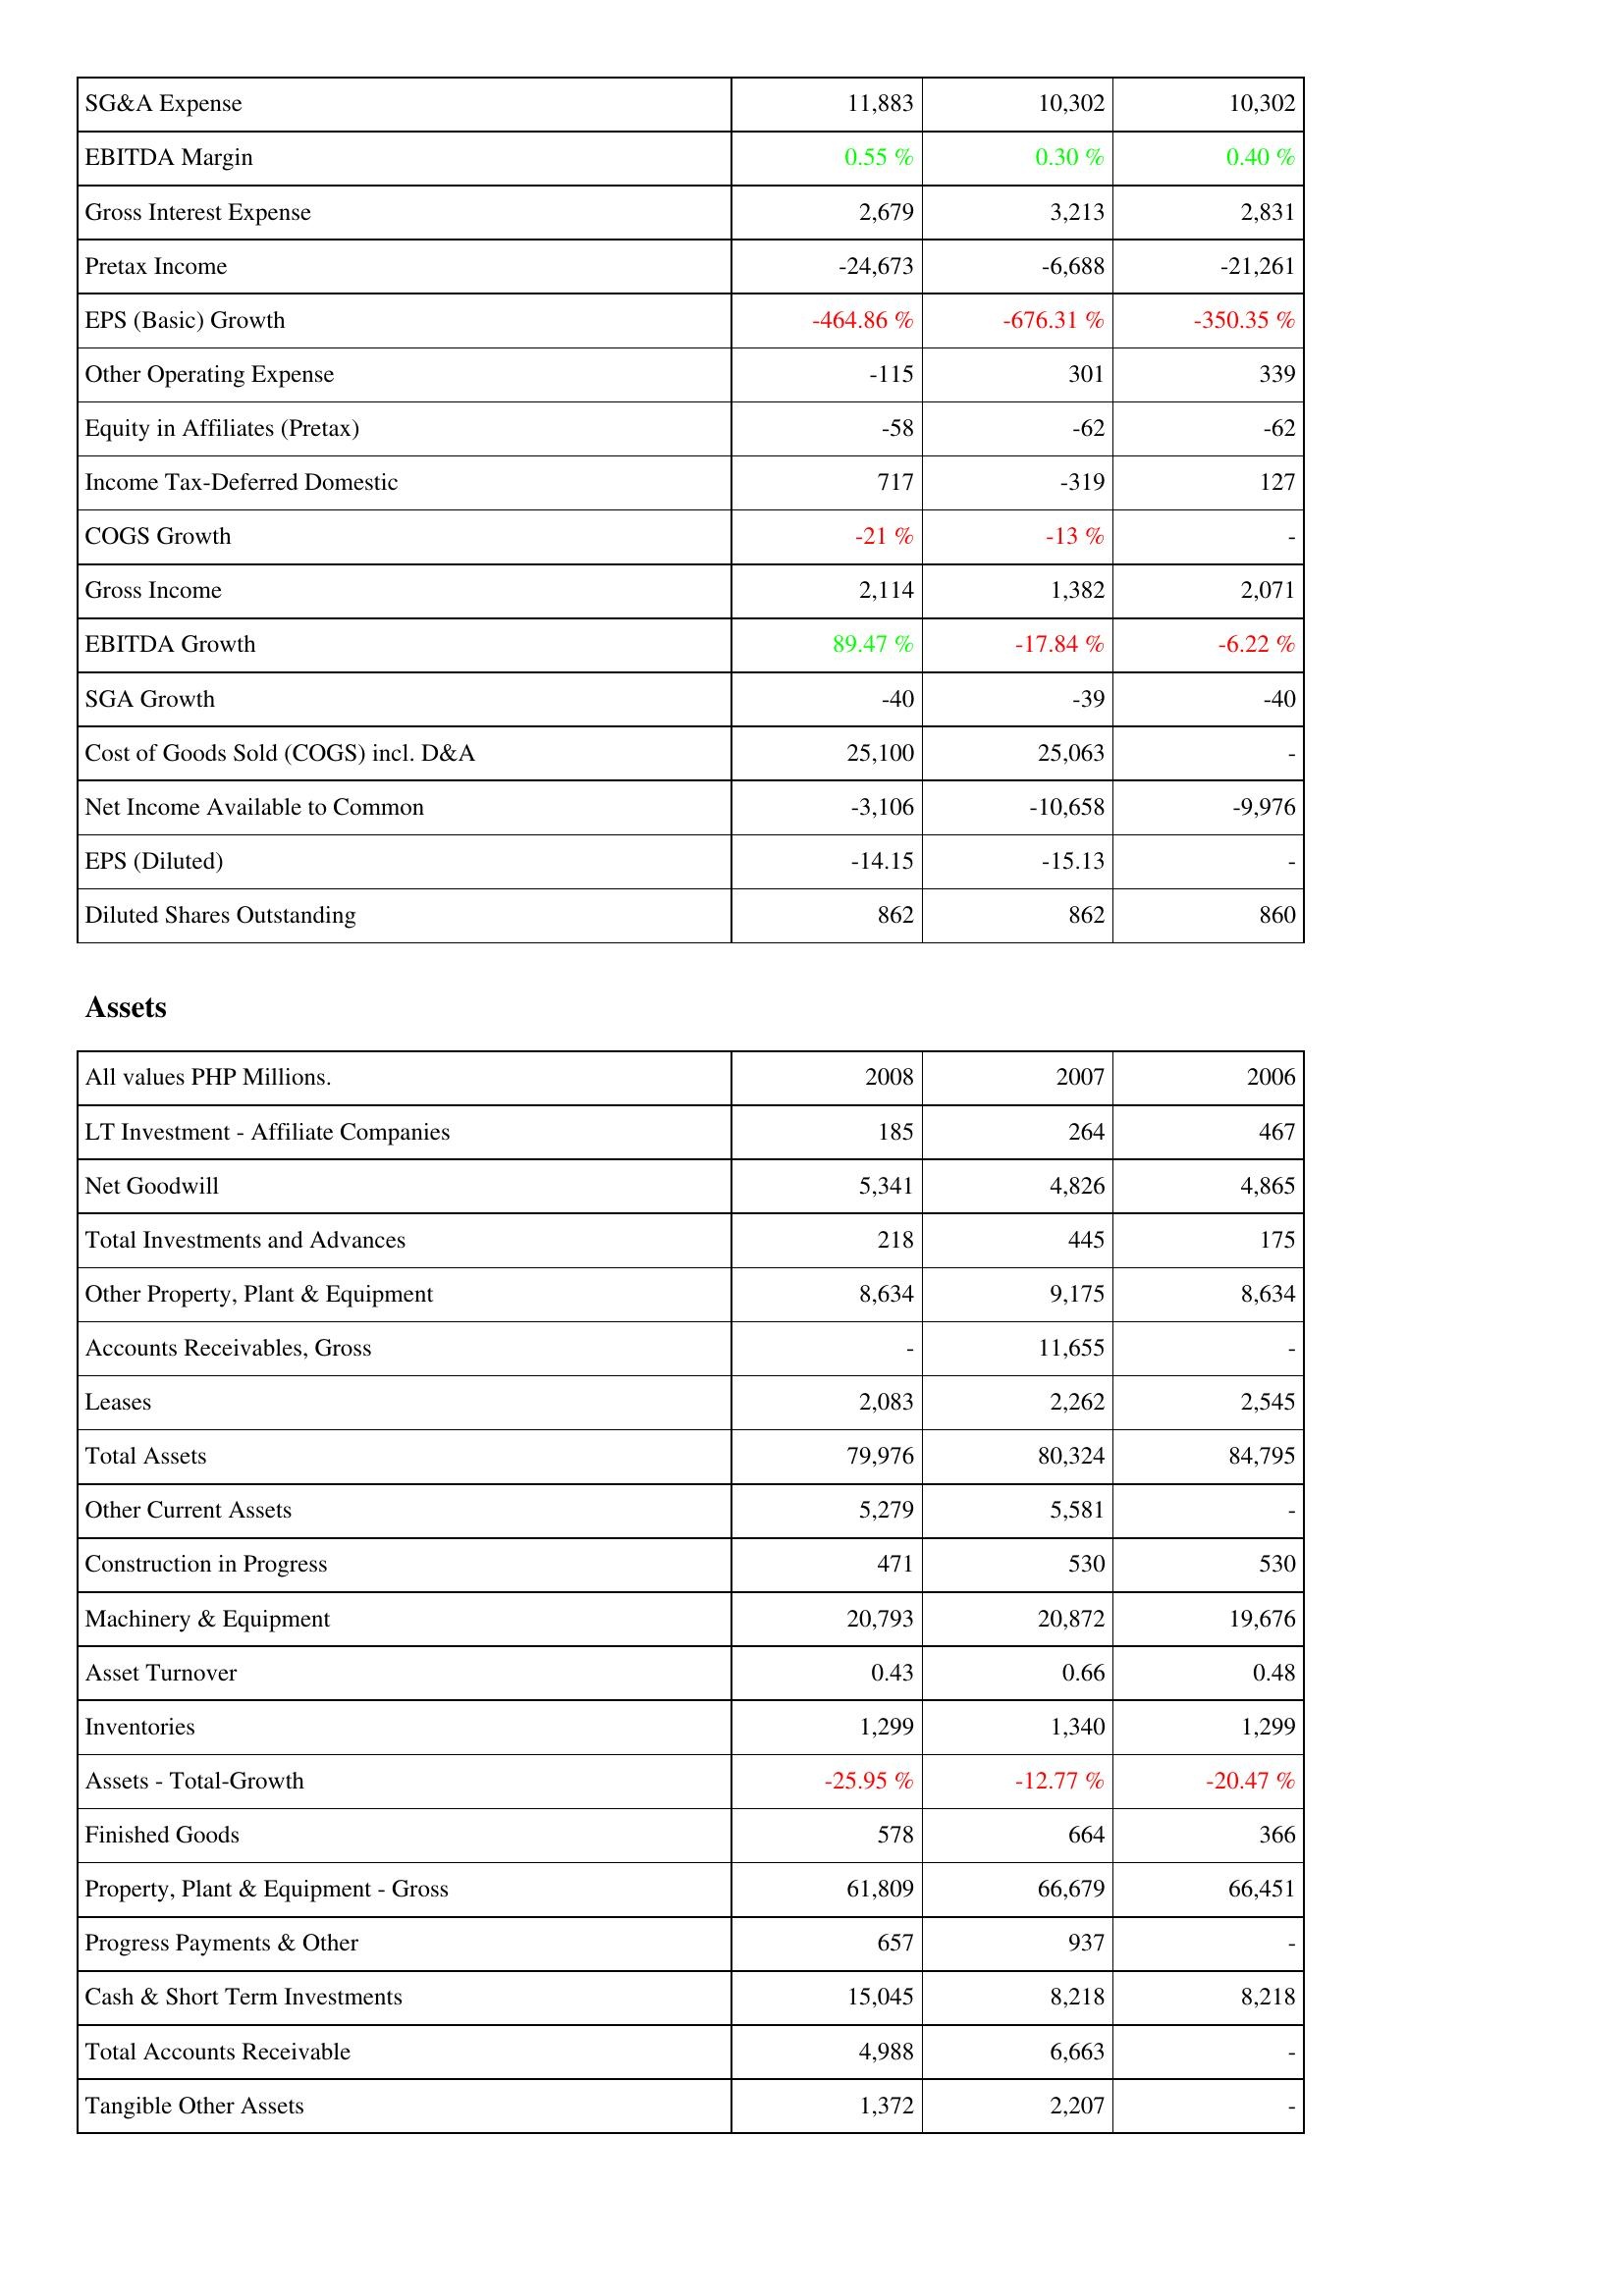
2008: Income Statement: SG&A Expense: 11,883
EBITDA Margin: 0.55 %
Gross Interest Expense: 2,679
Pretax Income: -24,673
EPS (Basic) Growth: -464.86 %
Other Operating Expense: -115
Equity in Affiliates (Pretax): -58
Income Tax-Deferred Domestic: 717
COGS Growth: -21 %
Gross Income: 2,114
EBITDA Growth: 89.47 %
SGA Growth: -40
Cost of Goods Sold (COGS) incl. D&A: 25,100
Net Income Available to Common: -3,106
EPS (Diluted): -14.15
Diluted Shares Outstanding: 862
Assets: LT Investment - Affiliate Companies: 185
Net Goodwill: 5,341
Total Investments and Advances: 218
Other Property, Plant & Equipment: 8,634
Accounts Receivables, Gross: -
Leases: 2,083
Total Assets: 79,976
Other Current Assets: 5,279
Construction in Progress: 471
Machinery & Equipment: 20,793
Asset Turnover: 0.43
Inventories: 1,299
Assets - Total-Growth: -25.95 %
Finished Goods: 578
Property, Plant & Equipment - Gross: 61,809
Progress Payments & Other: 657
Cash & Short Term Investments: 15,045
Total Accounts Receivable: 4,988
Tangible Other Assets: 1,372
2007: Income Statement: SG&A Expense: 10,302
EBITDA Margin: 0.30 %
Gross Interest Expense: 3,213
Pretax Income: -6,688
EPS (Basic) Growth: -676.31 %
Other Operating Expense: 301
Equity in Affiliates (Pretax): -62
Income Tax-Deferred Domestic: -319
COGS Growth: -13 %
Gross Income: 1,382
EBITDA Growth: -17.84 %
SGA Growth: -39
Cost of Goods Sold (COGS) incl. D&A: 25,063
Net Income Available to Common: -10,658
EPS (Diluted): -15.13
Diluted Shares Outstanding: 862
Assets: LT Investment - Affiliate Companies: 264
Net Goodwill: 4,826
Total Investments and Advances: 445
Other Property, Plant & Equipment: 9,175
Accounts Receivables, Gross: 11,655
Leases: 2,262
Total Assets: 80,324
Other Current Assets: 5,581
Construction in Progress: 530
Machinery & Equipment: 20,872
Asset Turnover: 0.66
Inventories: 1,340
Assets - Total-Growth: -12.77 %
Finished Goods: 664
Property, Plant & Equipment - Gross: 66,679
Progress Payments & Other: 937
Cash & Short Term Investments: 8,218
Total Accounts Receivable: 6,663
Tangible Other Assets: 2,207
2006: Income Statement: SG&A Expense: 10,302
EBITDA Margin: 0.40 %
Gross Interest Expense: 2,831
Pretax Income: -21,261
EPS (Basic) Growth: -350.35 %
Other Operating Expense: 339
Equity in Affiliates (Pretax): -62
Income Tax-Deferred Domestic: 127
COGS Growth: -
Gross Income: 2,071
EBITDA Growth: -6.22 %
SGA Growth: -40
Cost of Goods Sold (COGS) incl. D&A: -
Net Income Available to Common: -9,976
EPS (Diluted): -
Diluted Shares Outstanding: 860
Assets: LT Investment - Affiliate Companies: 467
Net Goodwill: 4,865
Total Investments and Advances: 175
Other Property, Plant & Equipment: 8,634
Accounts Receivables, Gross: -
Leases: 2,545
Total Assets: 84,795
Other Current Assets: -
Construction in Progress: 530
Machinery & Equipment: 19,676
Asset Turnover: 0.48
Inventories: 1,299
Assets - Total-Growth: -20.47 %
Finished Goods: 366
Property, Plant & Equipment - Gross: 66,451
Progress Payments & Other: -
Cash & Short Term Investments: 8,218
Total Accounts Receivable: -
Tangible Other Assets: -